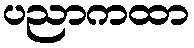
ပညာကထာ